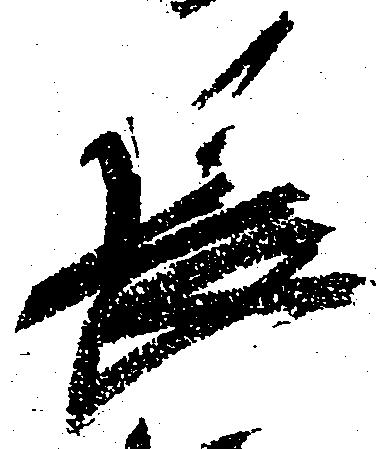
長